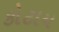
કોટાય